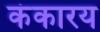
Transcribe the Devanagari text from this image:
कंकारय